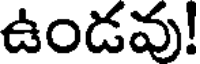
ఉండవు!